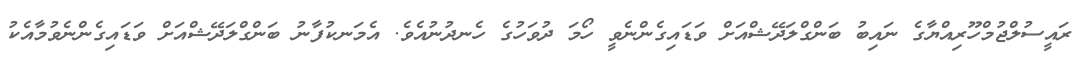
ރައީސުލްޖުމްހޫރިއްޔާގެ ނައިބު ބަންގްލަދޭޝްއަށް ވަޑައިގެންނެވީ ހޯމަ ދުވަހުގެ ހެނދުނުއެވެ. އެމަނކުފާނު ބަންގްލަދޭޝްއަށް ވަޑައިގެންނެވުމާއެކު